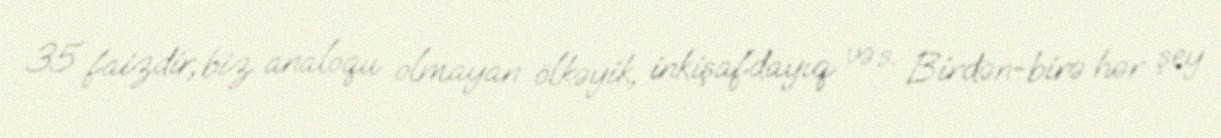
35 faizdir, biz analoqu olmayan ölkəyik, inkişafdayıq və s. Birdən-birə hər şey